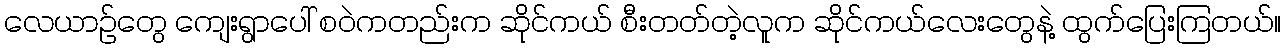
လေယာဉ်တွေ ကျေးရွာပေါ် စဝဲကတည်းက ဆိုင်ကယ် စီးတတ်တဲ့လူက ဆိုင်ကယ်လေးတွေနဲ့ ထွက်ပြေးကြတယ်။